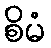
စိမံ